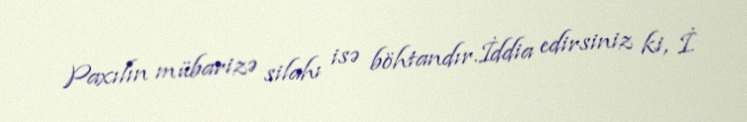
Paxılın mübarizə silahı isə böhtandır.İddia edirsiniz ki, İ.